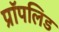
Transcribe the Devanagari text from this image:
प्रॉपलिड